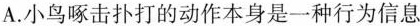
A.小鸟啄击扑打的动作本身是一种行为信息